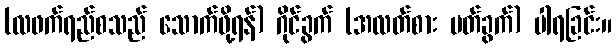
(လဖက်ရည်စသည် သောက်ဖို့ရန်) ဂိုင်ခွက် (အလတ်စား မတ်ခွက်) ပါရခြင်း။